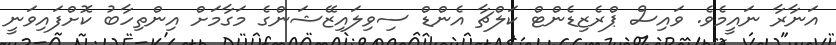
އަނާރާ ނައީމެވެ. ވައިސް ޕްރެޒިޑެންޓް ކަލްޗާ އެންޑް ސިވިލައިޒޭޝަންގެ މަގާމަށް އިންތިހާބު ކޮށްފައިވަނީ